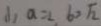
( 1 ) a = 2 b = \sqrt { 2 }